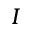
I